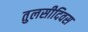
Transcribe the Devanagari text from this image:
तुलसीदिवस